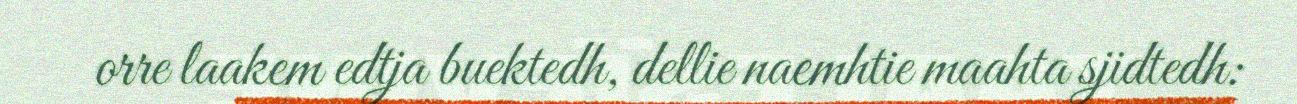
orre laakem edtja buektedh, dellie naemhtie maahta sjidtedh: